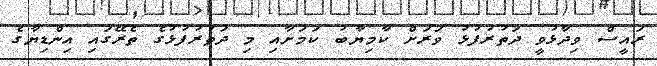
ރައީސް ވިދާޅުވީ ދަތުރުފުޅު ވަރަށް ކާމިޔާބު ކަމަށާއި މި ދަތުރުފުޅުގެ ތެރޭގައި އިންޑިޔާގެ